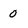
Character: 0